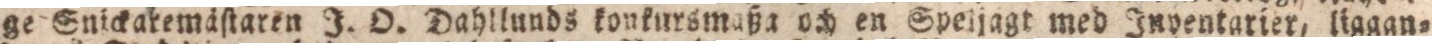
ge Suickemäſtaren J. O. Dahllunds konkursmaßa och en Speijagt med Inventarier, liggan=